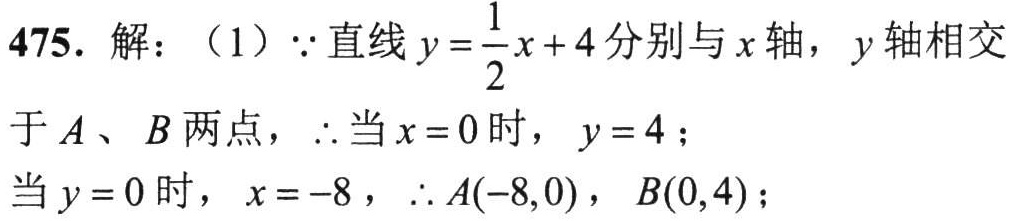
475. 解：（1）\(\because\)直线\(y = \dfrac{1}{2}x + 4\)分别与\(x\)轴，\(y\)轴相交于\(A\)、\(B\)两点，\(\therefore\)当\(x = 0\)时，\(y = 4\)；当\(y = 0\)时，\(x = - 8\)，\(\therefore A(-8,0)\)，\(B(0,4)\)；